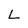
Character: L